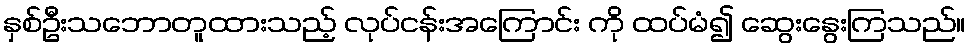
နှစ်ဦးသဘောတူထားသည့် လုပ်ငန်းအကြောင်း ကို ထပ်မံ၍ ဆွေးနွေးကြသည်။